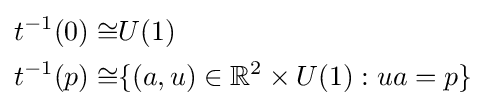
{\begin{aligned}t^{-1}(0)\cong &U(1)\\t^{-1}(p)\cong &\{(a,u)\in \mathbb {R} ^{2}\times U(1):ua=p\}\end{aligned}}